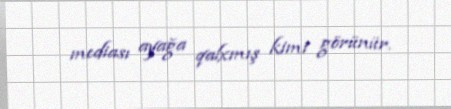
mediası ayağa qalxmış kimi görünür.